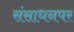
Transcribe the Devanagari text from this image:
संसाधनपर